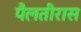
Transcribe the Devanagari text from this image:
पैलतीरास